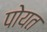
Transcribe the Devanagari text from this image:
पोयत